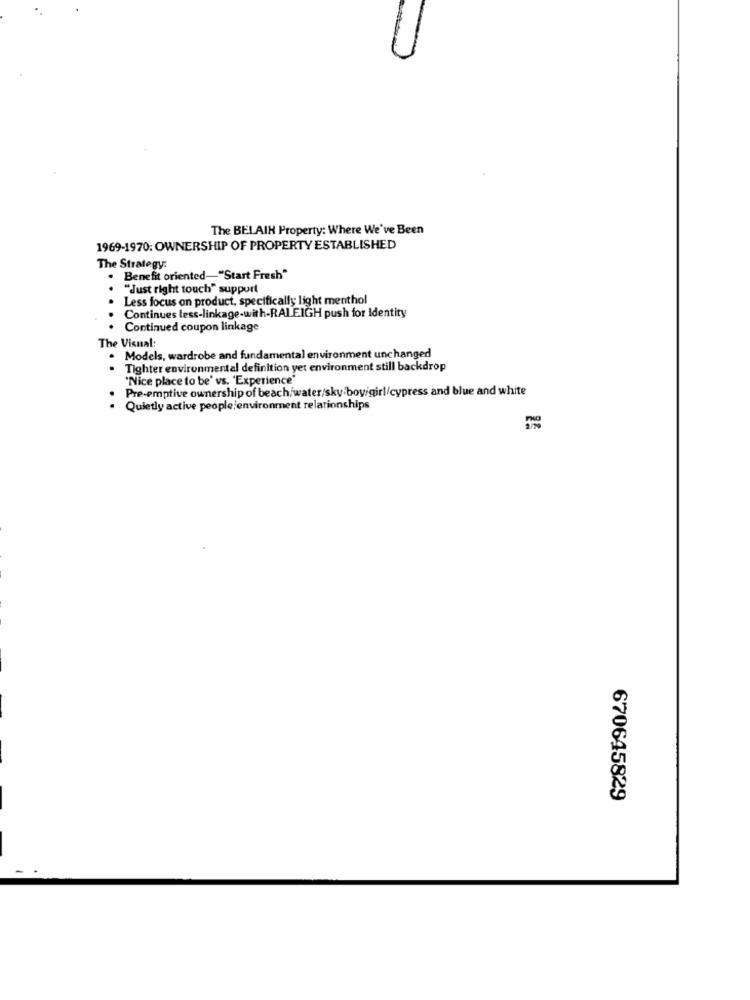
The BELAIK Property: Where We've Been
1969-1970: OWNERSHIP OF PROPERTY ESTABLISHED
The Strategy:
Benefit oriented-"Start Fresh"
"Just right touch" support
Less focus on product, specifically light menthol
Continues less-linkage-with-RALEIGH push for Identity
Continued coupon linkage
The Visual:
Models, wardrobe and fundamental environment unchanged
Tighter environmental definition yet environment still backdrop
"Nice place to be' vs. 'Experience"
Pre-emptive ownership of beach/water/sky boy/girl/cypress and blue and white
Quietly active people environment relationships
..
670645829